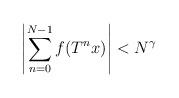
LaTeX: \begin{align*} \left| \sum_{n=0}^{N-1} f(T^n x) \right| < N^\gamma\end{align*}